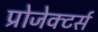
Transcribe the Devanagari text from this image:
प्रोजेक्टर्स